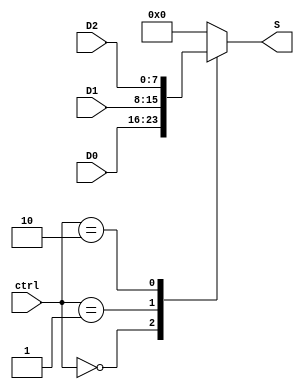
`timescale 1ns / 1ps
//////////////////////////////////////////////////////////////////////////////////
// Company: 
// Engineer: 
// 
// Design Name: 
// Module Name: Mux_3x1
// Project Name: 
// Target Devices: 
// Tool Versions: 
// Description: 
// 
// Dependencies: 
// 
// Revision:
// Revision 0.01 - File Created
// Additional Comments:
// 
//////////////////////////////////////////////////////////////////////////////////


module Mux_3x1

  # (parameter W = 8 )
	(

    input wire [1:0] ctrl,
    input wire [W-1:0] D0,
    input wire [W-1:0] D1,
    input wire [W-1:0] D2,
    output reg [W-1:0] S
    );

   always @(ctrl, D0, D1, D2)
   	case (ctrl)
   		2'b00: S<=D0;
   		2'b01: S<=D1;
   		2'b10: S<=D2;
   		default: S<=0;
	endcase
endmodule